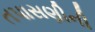
તપાસણીની